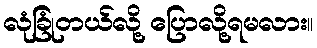
လုံခြုံတယ်လို့ ပြောလို့ရမလား။